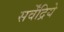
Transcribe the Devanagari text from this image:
सर्वेंद्रिये